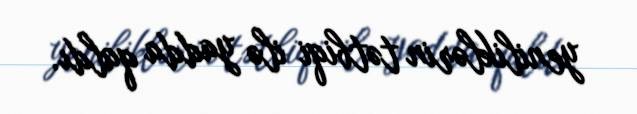
yeniliklərin tətbiqi ilə yadda qaldı.